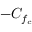
- C _ { f _ { c } }